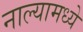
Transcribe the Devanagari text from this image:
नाल्यामध्ये